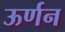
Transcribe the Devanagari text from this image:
ऊर्णन